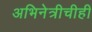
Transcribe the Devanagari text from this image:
अभिनेत्रीचीही